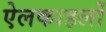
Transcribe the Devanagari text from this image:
ऐलकाहलों